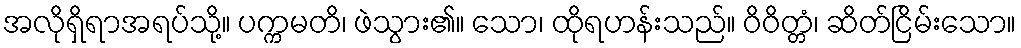
အလိုရှိရာအရပ်သို့။ ပက္ကမတိ၊ ဖဲသွား၏။ သော၊ ထိုရဟန်းသည်။ ဝိဝိတ္တံ၊ ဆိတ်ငြိမ်းသော။